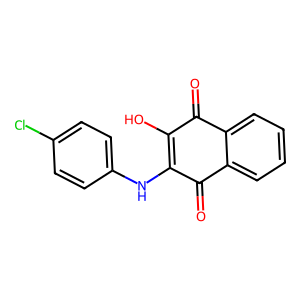
SMILES: O=C1C(O)=C(Nc2ccc(Cl)cc2)C(=O)c2ccccc21
Inhibits HIV replication: No